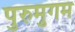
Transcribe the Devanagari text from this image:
पुरुमुगम